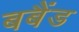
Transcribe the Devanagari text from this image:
बबैंड